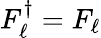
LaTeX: F_{\ell}^{\dagger}=F_{\ell}